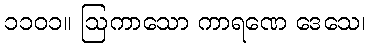
၁၁၀၁။ ဩကာသော ကာရဏေ ဒေသေ၊